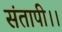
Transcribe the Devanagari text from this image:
संतापी।।